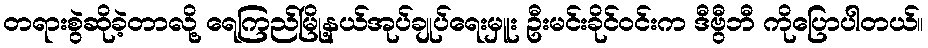
တရားစွဲဆိုခဲ့တာလို့ ရေကြည်မြို့နယ်အုပ်ချုပ်ရေးမှူး ဦးမင်းခိုင်ဝင်းက ဒီဗွီဘီ ကိုပြောပါတယ်။